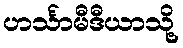
ဟင်္သာမီဒီယာသို့